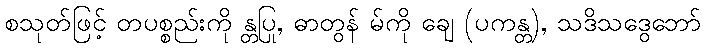
စသုတ်ဖြင့် တပစ္စည်းကို န္တပြု, ဓာတွန် မ်ကို ချေ (ပကန္တ), သဒိသဒွေဘော်